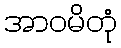
အာဝမိတုံ